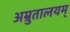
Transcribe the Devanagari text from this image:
अम्रुतालयम्